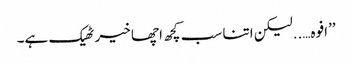
’’افوہ…..لیکن اتنا سب کچھ اچھا خیر ٹھیک ہے۔